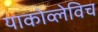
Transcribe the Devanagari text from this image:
याकोव्लेविच